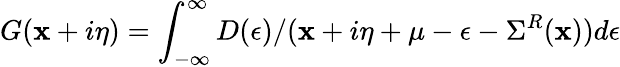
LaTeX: G(\mathbf{x}+i\eta)=\int_{-\infty}^{\infty}{D(\epsilon)}/(\mathbf{x}+i\eta+\mu-\epsilon-\Sigma^{R}(\mathbf{x}))d\epsilon